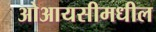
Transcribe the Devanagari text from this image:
ओआयसीमधील